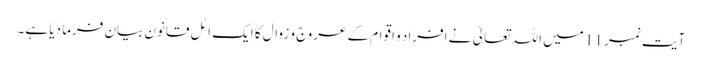
آیت نمبر 11 میں اللہ تعالیٰ نے افراد و اقوام کے عروج و زوال کا ایک اٹل قانون بیان فرما دیا ہے۔